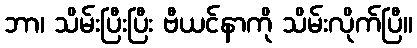
ဘာ၊ သိမ်းပြီးပြီး ဗီယင်နာကို သိမ်းလိုက်ပြီ။